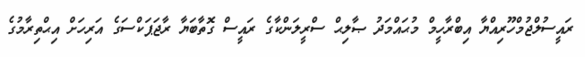
ރައީސުލްޖުމްހޫރިއްޔާ އިބްރާހީމް މުޙައްމަދު ޞާލިޙް ސްރީލަންކާގެ ރައީސް ގޮތާބަޔާ ރާޖަޕަކްސަގެ އަރިހަށް އިޙްތިރާމުގެ